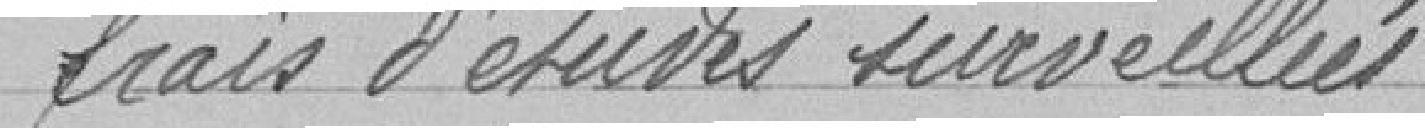
frais d'études surveillées   36 francs